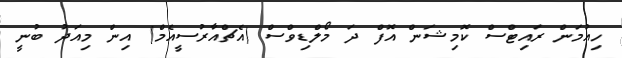
ހިއުމަން ރައިޓްސް ކޮމިޝަން އޮފް ދަ މޯލްޑިވްސް (އެޗްއާރުސީއެމް) އިން މިއަދު ބުނީ